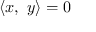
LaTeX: \langle x , \ y \rangle = 0